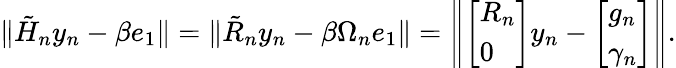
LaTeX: \| {\tilde{H}}_{n}y_{n}-\beta e_{1}\| =\| {\tilde{R}}_{n}y_{n}-\beta\Omega_{n}e_{1}\| =\left\| {\left[\begin{array}{l}{R_{n}}\\ {0}\end{array}\right]}y_{n}-{\left[\begin{array}{l}{g_{n}}\\ {\gamma_{n}}\end{array}\right]}\right\| .